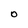
Character: O